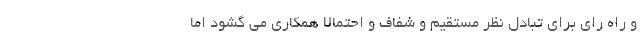
و راه رای برای تبادل نظر مستقیم و شفاف و احتمالا همکاری می گشود اما